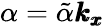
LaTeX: \alpha=\tilde{\alpha}\pmb{k_{x}}